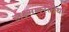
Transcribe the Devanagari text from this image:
लक्ष्मणरतीर्था